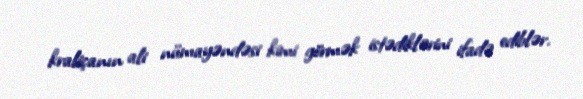
kraliçanın ali nümayəndəsi kimi görmək istədiklərini ifadə ediblər.